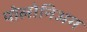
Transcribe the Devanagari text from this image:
पोलोनिअम